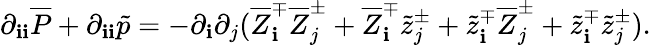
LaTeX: \partial_{\mathbf{i}\mathbf{i}}\overline{{{P}}}+\partial_{\mathbf{i}\mathbf{i}}\tilde{{p}}=-\partial_{\mathbf{i}}\partial_{j}(\overline{{{Z}}}_{\mathbf{i}}^{\mp}\overline{{{Z}}}_{j}^{\pm}+\overline{{{Z}}}_{\mathbf{i}}^{\mp}\tilde{{z}}_{j}^{\pm}+\tilde{{z}}_{\mathbf{i}}^{\mp}\overline{{{Z}}}_{j}^{\pm}+\tilde{{z}}_{\mathbf{i}}^{\mp}\tilde{{z}}_{j}^{\pm}).